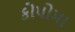
કોપોમા